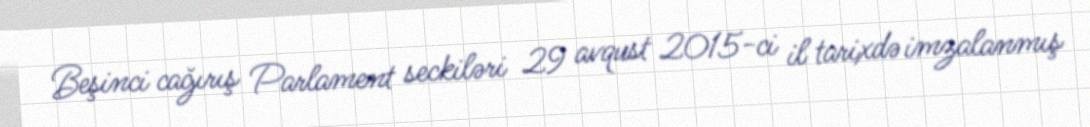
Beşinci cağırış Parlament seckiləri 29 avqust 2015-ci il tarixdə imzalanmış